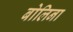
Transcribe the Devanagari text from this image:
बोलिना